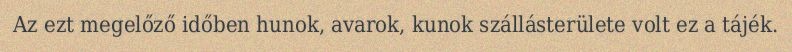
Az ezt megelőző időben hunok, avarok, kunok szállásterülete volt ez a tájék.